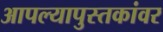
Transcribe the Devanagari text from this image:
आपल्यापुस्तकांवर